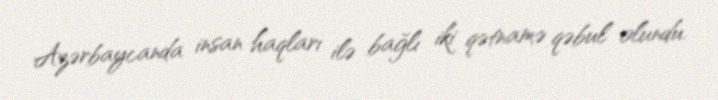
Azərbaycanda insan haqları ilə bağlı iki qətnamə qəbul olundu.